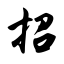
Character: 招